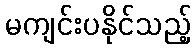
မကျင်းပနိုင်သည့်